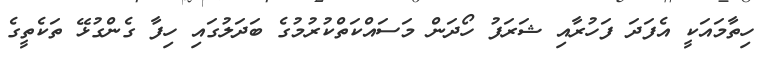
ހިތާމައަކީ އެފަދަ ފަހުރާއި ޝަރަފު ހޯދަން މަސައްކަތްކުރުމުގެ ބަދަލުގައި ހިފާ ގެންގުޅޭ ތަކެތީގެ